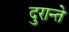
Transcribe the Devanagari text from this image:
दुरान्ते